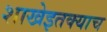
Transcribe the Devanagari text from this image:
शाखेइतक्याच